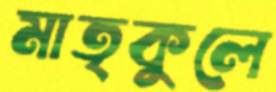
মাতৃকুলে